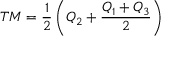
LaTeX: T M = { \frac { 1 } { 2 } } \left( Q _ { 2 } + { \frac { Q _ { 1 } + Q _ { 3 } } { 2 } } \right)